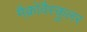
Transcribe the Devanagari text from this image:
मैक्रोवैस्कुलर